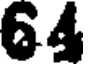
64